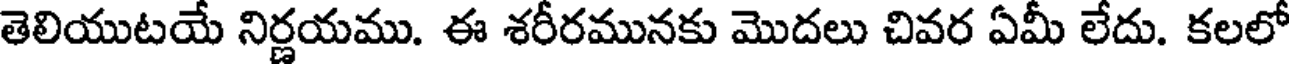
తెలియుటయే నిర్ణయము. ఈ శరీరమునకు మొదలు చివర ఏమీ లేదు. కలలో